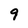
Character: 9